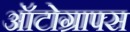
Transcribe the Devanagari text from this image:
ऑटोग्राफ्स